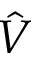
\hat { V }